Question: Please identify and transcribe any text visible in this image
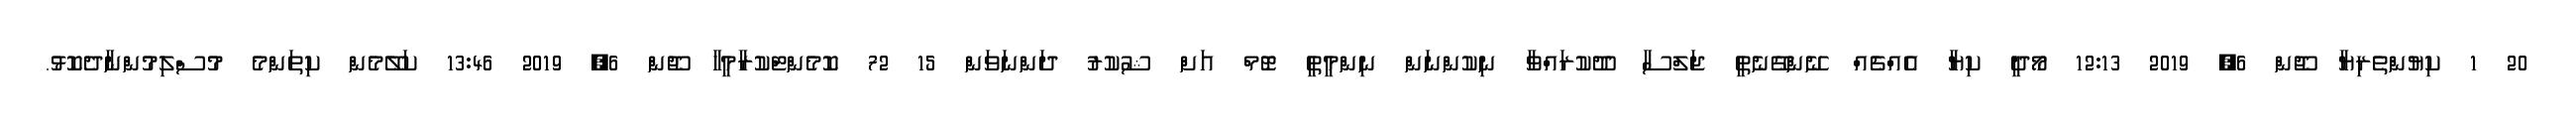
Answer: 20 1 ކިޔުންތެރިޔާ ޖޫން 6, 2019 12:13 މޯދީ ކިޔާ އެއްޗެއް ނޭންގޭނެތީ ޖަލްސާ ދޫކުރައްވާ ނިކުންނަން ނިންމީތީ ޓޮމް އަށް ޝުކުރު ދަންނަވަން 15 72 ކޮމެންޓްކުރާމީހާ ޖޫން 6, 2019 13:46 ކަލޭމެން ކިތަންމެ މުސްލިމުންނާދެކޮޅު.